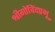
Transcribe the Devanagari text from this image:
श्रीगोविंदप्रभू